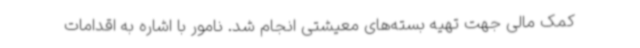
کمک مالی جهت تهیه بسته‌های معیشتی انجام شد. نامور با اشاره به اقدامات